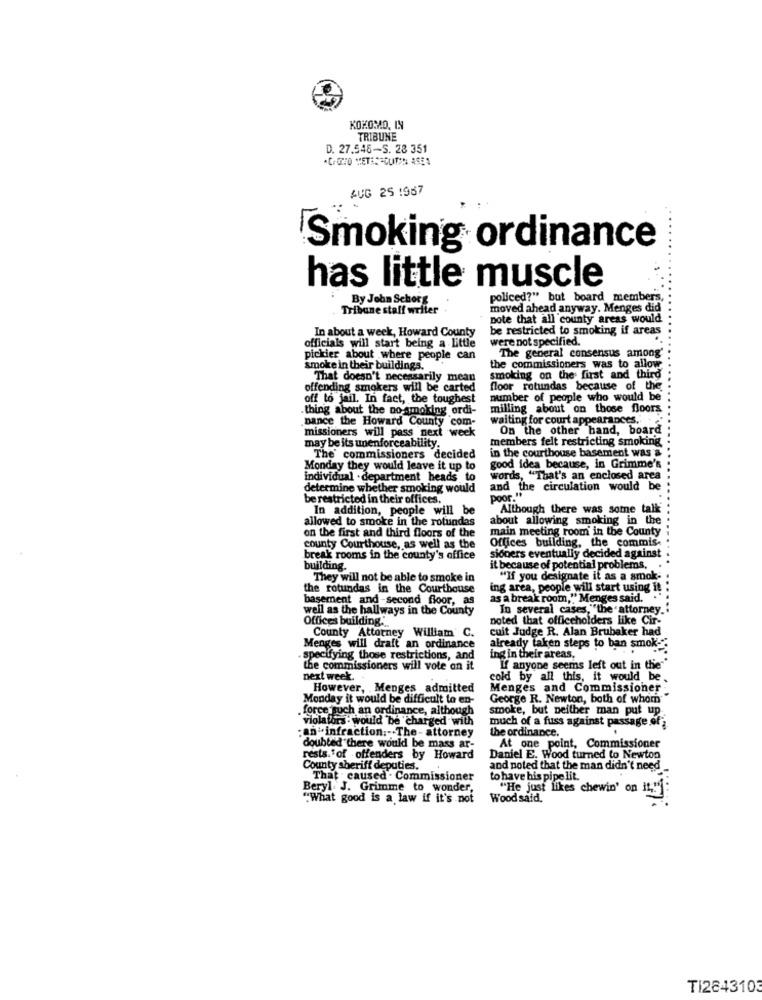
KOKOMO, IN
TRIBUNE
D. 27.546-S. 28 351
AUG 25 :967
Smoking ordinance
has little muscle
policed?" but board members,
Tribune staff writer
By John Schors
moved ahead anyway. Menges did
pote that all county areas would
In about a week, Howard County
be restricted to smoking if areas
were not specified.
officials will start being a little
pickier about where people can
The general consensus among'
smoke in their buildings.
the commissioners was to allow
That doesn't necessarily mean
smoking on the first and third
offending smokers will be carted
floor rotundas because of the
off to jail. In fact, the toughest
number of people who would be
.thing about the no-smoking ordi-
milling about on those floors
Dance the Howard County com-
waiting for court appearances.'
missioners will pass next week
On the other hand, board
members felt restricting smoking
may be its unenforceability.
in the courthouse basement was a
The' commissioners decided
Monday they would leave it up to
good idea because, in Grimme's
individual . department heads to
words, "That's an enclosed area
determine whether smoking would
and the circulation would be
be restricted in their offices.
poor."
In addition, people will be
Although there was somne talk
allowed to smoke in the rotundas
about allowing smoking in the
on the first and third floors of the
main meeting room in the County
Offices building, the commis-
county Courthouse, as well as the
break rooms in the county's office
sioners eventually decided against
building.
it because of potential problems,
They will not be able to smoke in
"If you designate it as a smok-
the rotundas in the Courthouse
ing area, people will start using it
basement and -second floor, as
as a break room,"" Menges said.
well as the hallways in the County
In several cases,"the attorney .:
Offices building ...
noted that officeholders like Cir-
County Attorney William' C.
cuit Judge R. Alan Brubaker had
Menges will draft an ordinance
already taken steps to ban smok-
specifying those restrictions, and
ing in their areas.
the commissioners will vote on it
If anyone seems left out in the"
next week.
cold by all this, it would be.
However, Menges_admitted
Menges and Commissioner
Monday it would be difficult to en-
George R. Newton, both of whom
. force such an ordinance, although
smoke, but neither man put up
violators : would be charged with
: an infraction :- The- attorney
much of a fuss against passage of
the ordinance.
doubted there would be mass ar-
At one point, Commissioner
rests."of offenders by Howard
Daniel E. Wood turned to Newton
County sheriff deputies.
and noted that the man didn't need_
That . caused . Commissioner
to have his pipe lit.
Beryl. J. Grimme to wonder,
"He just likes chewin' on it,"
"What good is a law if it's not
Wood said.
TI284310